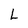
Character: L